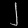
Digit: ၂